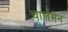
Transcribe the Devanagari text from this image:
चार्लमेन